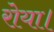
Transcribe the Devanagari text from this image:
रोया।